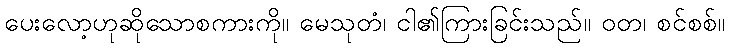
ပေးလော့ဟုဆိုသောစကားကို။ မေသုတံ၊ ငါ၏ကြားခြင်းသည်။ ဝတ၊ စင်စစ်။